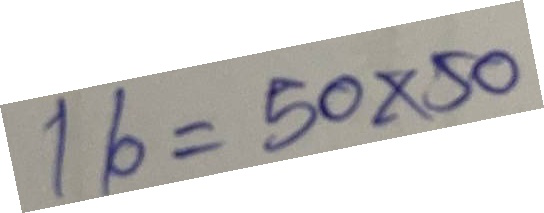
16 = 50x50